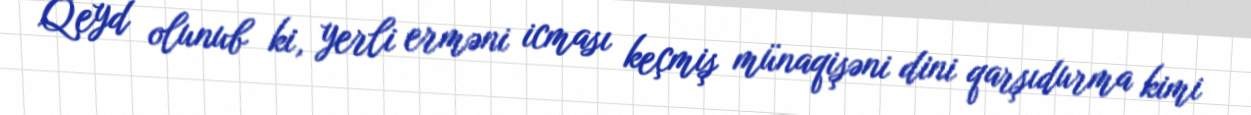
Qeyd olunub ki, yerli erməni icması keçmiş münaqişəni dini qarşıdurma kimi